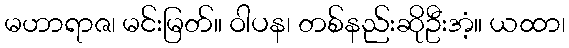
မဟာရာဇ၊ မင်းမြတ်။ ဝါပန၊ တစ်နည်းဆိုဦးအံ့။ ယထာ၊